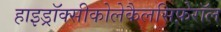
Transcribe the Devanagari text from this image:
हाइड्रॉक्सीकोलेकैलसिफ़ेरॉल